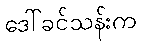
ဒေါ်ခင်သန်းက